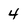
Character: 4